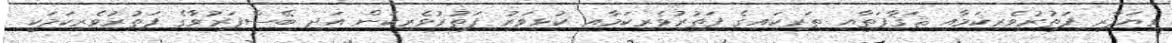
ވިޔަފާރި ފަތުރުވެރިކަމާއި ޘަޤާފަތާއި ތަރިކައިގެ ފަތުރުވެރިކަމާއި ކުޅިވަރު ފަތުރުވެރިކަން އަދި ބޭސްފަރުވާގެ ފަތުރުވެރިކަމަކީ